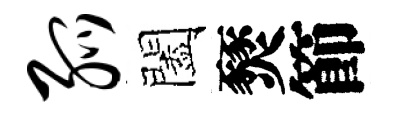
弧闔燹節